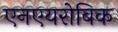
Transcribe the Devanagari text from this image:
एनएयरोबिक